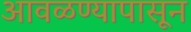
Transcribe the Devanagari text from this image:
आवळण्यापासून